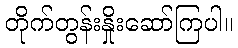
တိုက်တွန်းနှိုးဆော်ကြပါ။